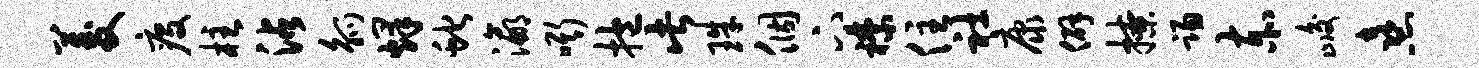
菱疫柱沾觚烽蛇瀛嘶抱此珠个下襟住社康僻撩踢赤峻熹